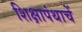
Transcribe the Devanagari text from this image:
शिक्षापंथाचें